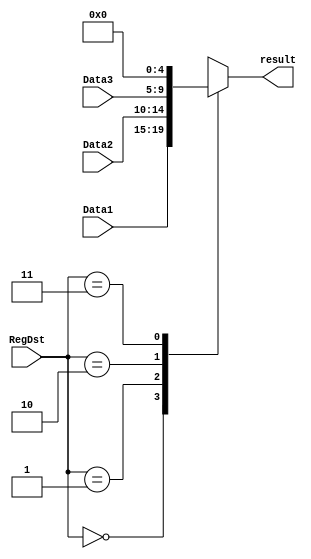
`timescale 1ns / 1ps
//////////////////////////////////////////////////////////////////////////////////
// Company: 
// Engineer: 
// 
// Design Name: 
// Module Name: RegWre_MUX
// Project Name: 
// Target Devices: 
// Tool Versions: 
// Description: 
// 
// Dependencies: 
// 
// Revision:
// Revision 0.01 - File Created
// Additional Comments:
// 
//////////////////////////////////////////////////////////////////////////////////

//31
module RegWre_MUX(
    input [1:0]RegDst,      //
    input [4:0]Data1,       //$31
    input [4:0]Data2,       //rt
    input [4:0]Data3,       //rd
    output reg [4:0]result
    );
    always @(RegDst or Data1 or Data2 or Data3) begin
        case (RegDst)
            2'b00 : result = Data1;
            2'b01 : result = Data2;
			2'b10 : result = Data3;
			2'b11 : result = 0;		//
		endcase
	end
endmodule